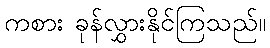
ကစား ခုန်လွှားနိုင်ကြသည်။